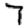
Digit: 7